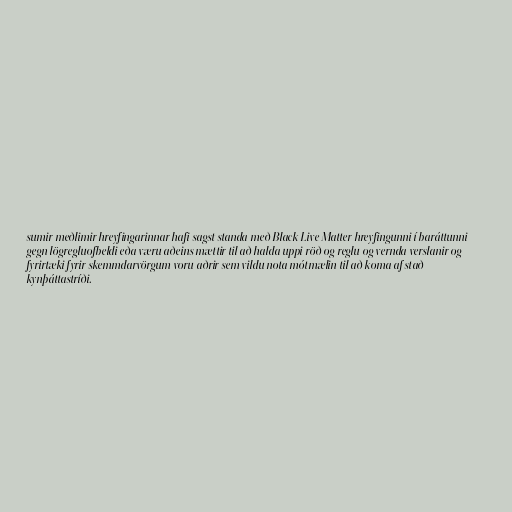
sumir meðlimir hreyfingarinnar hafi sagst standa með Black Live Matter hreyfingunni í baráttunni
gegn lögregluofbeldi eða væru aðeins mættir til að halda uppi röð og reglu og vernda verslanir og
fyrirtæki fyrir skemmdarvörgum voru aðrir sem vildu nota mótmælin til að koma af stað
kynþáttastríði.